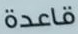
قاعدة